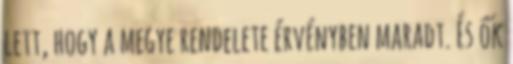
lett, hogy a megye rendelete érvényben maradt. És ők